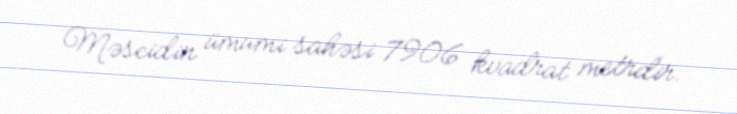
Məscidin ümumi sahəsi 7906 kvadrat metrdir.